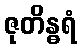
ဇုတိန္ဓရံ